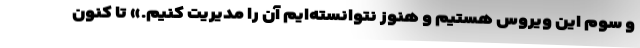
و سوم این ویروس هستیم و هنوز نتوانسته‌ایم آن را مدیریت کنیم.» تا کنون